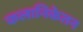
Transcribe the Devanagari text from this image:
कलानिकेतन